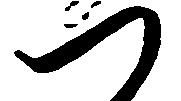
つ